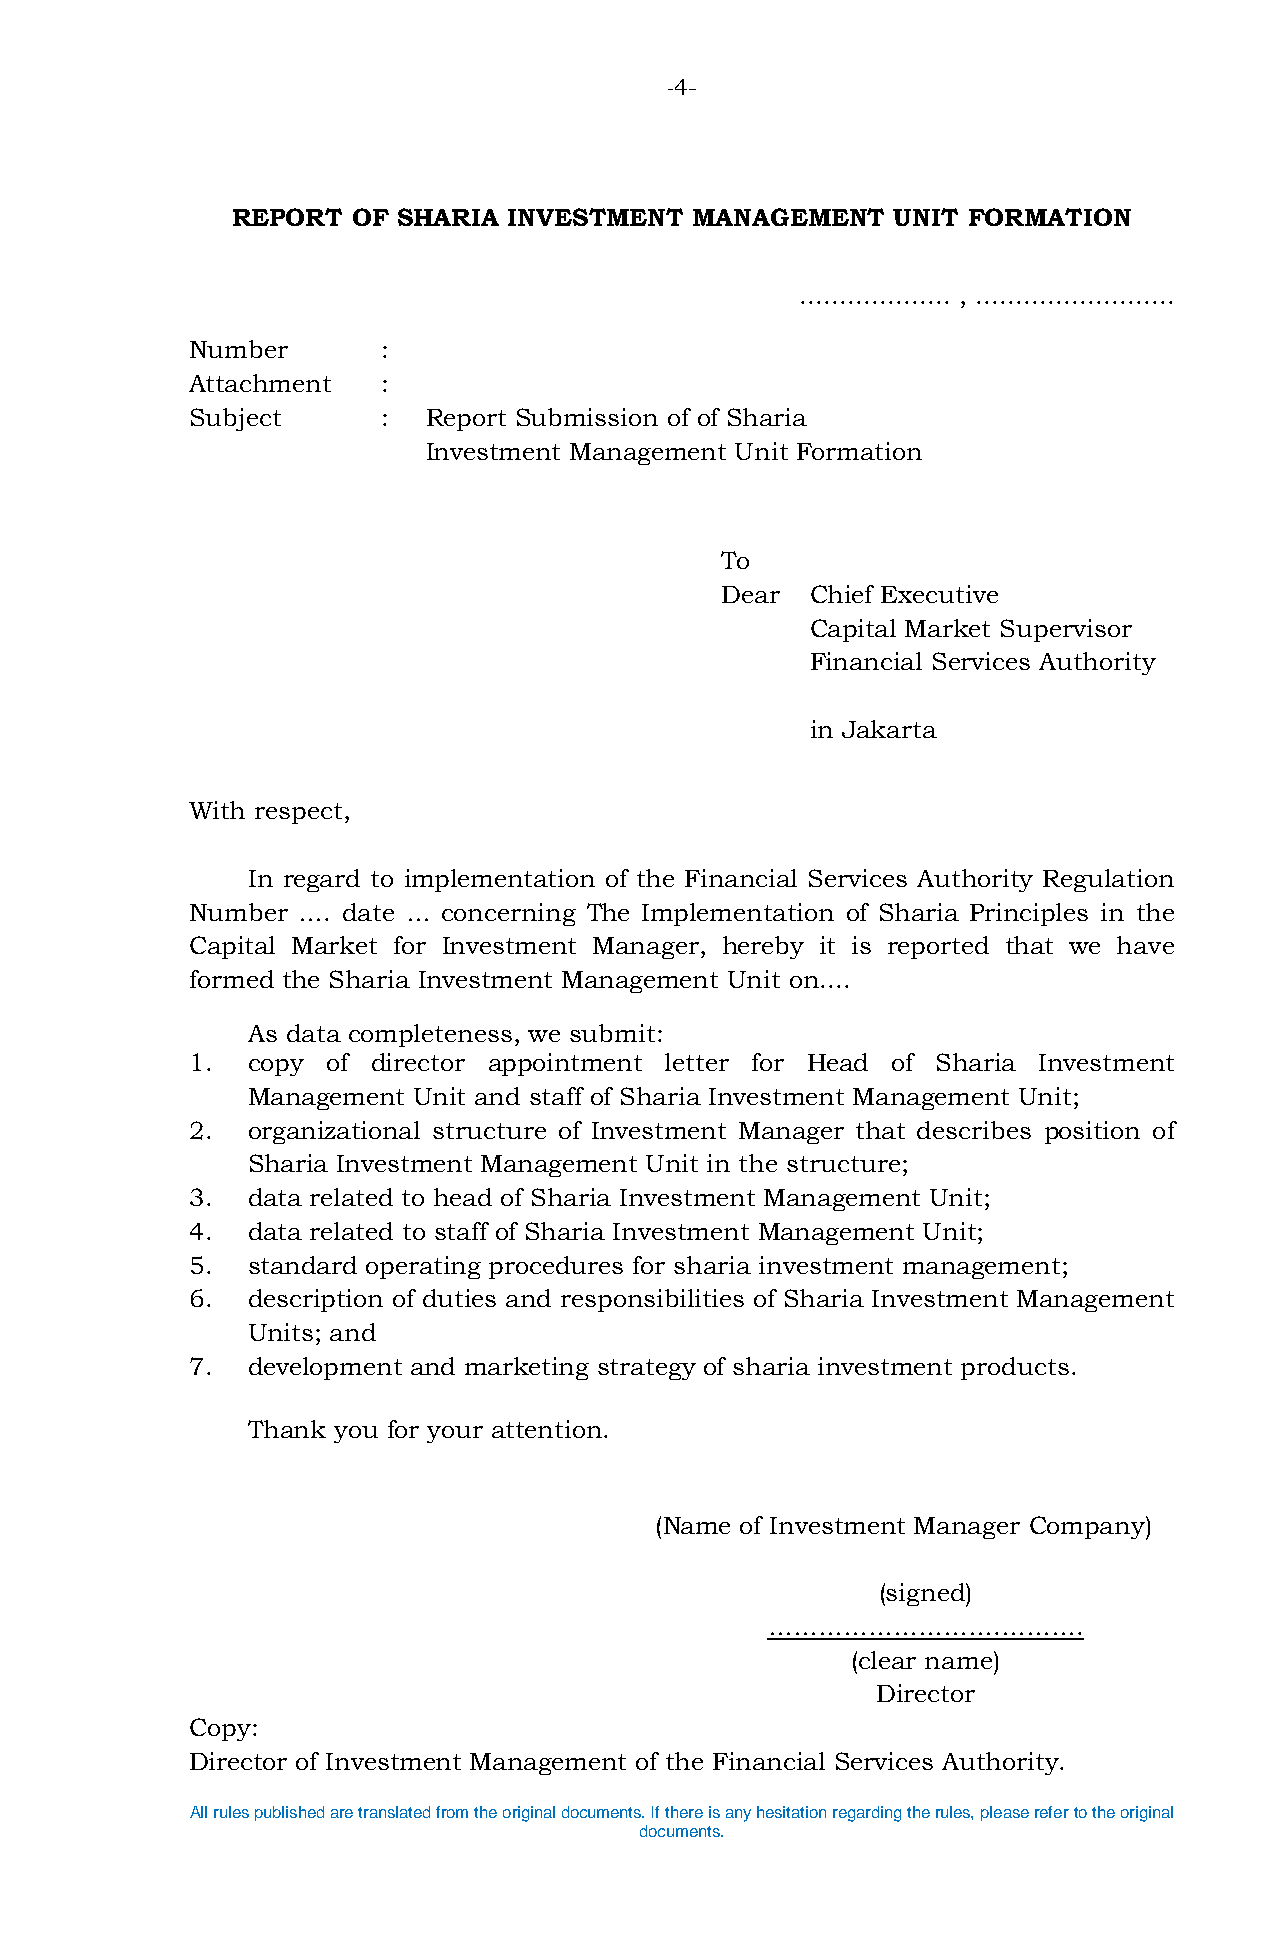
-4-
 REPORT  OF SHARIA  INVESTMENT  MANAGEMENT   UNIT FORMATION
 ................... , .........................
 Number      :
 Attachment  :
 Subject     :  Report Submission of of Sharia
 Investment Management Unit Formation
 To
 Dear  Chief Executive
 Capital Market Supervisor
 Financial Services Authority
 in Jakarta
 With respect,
 In regard to implementation of the Financial Services Authority Regulation
 Number …. date … concerning The Implementation of Sharia Principles in the
 Capital Market for Investment Manager, hereby it is reported that we have
 formed the Sharia Investment Management Unit on....
 As data completeness, we submit:
 1. copy  of director appointment letter for Head of Sharia Investment
 Management Unit and staff of Sharia Investment Management Unit;
 2. organizational structure of Investment Manager that describes position of
 Sharia Investment Management Unit in the structure;
 3. data related to head of Sharia Investment Management Unit;
 4. data related to staff of Sharia Investment Management Unit;
 5. standard operating procedures for sharia investment management;
 6. description of duties and responsibilities of Sharia Investment Management
 Units; and
 7. development and marketing strategy of sharia investment products.
 Thank you for your attention.
 (Name of Investment Manager Company)
 (signed)
 ……………………….……….
 (clear name)
 Director
 Copy:
 Director of Investment Management of the Financial Services Authority.
 All rules published are translated from the original documents. If there is any hesitation regarding the rules, please refer to the original
 documents.